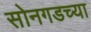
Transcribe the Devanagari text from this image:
सोनगडच्या